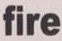
fire